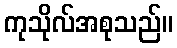
ကုသိုလ်အစုသည်။